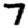
Digit: 7